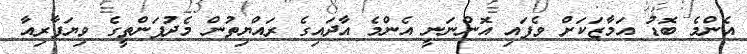
އެންމެ ބޮޑު އަމާޒަކަށް ވެފައި އޮންނަނީ އެންމެ އާދައިގެ ރައްޔިތުން މެދުފަންތީގެ ވިޔަފާރިއާ